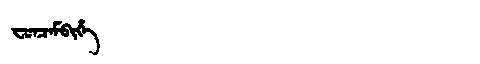
Manchu: ᠸᡠᠨᠴᡝᠮᠪᡳᡥᡝ
Romanization: FUNCEMBIHE